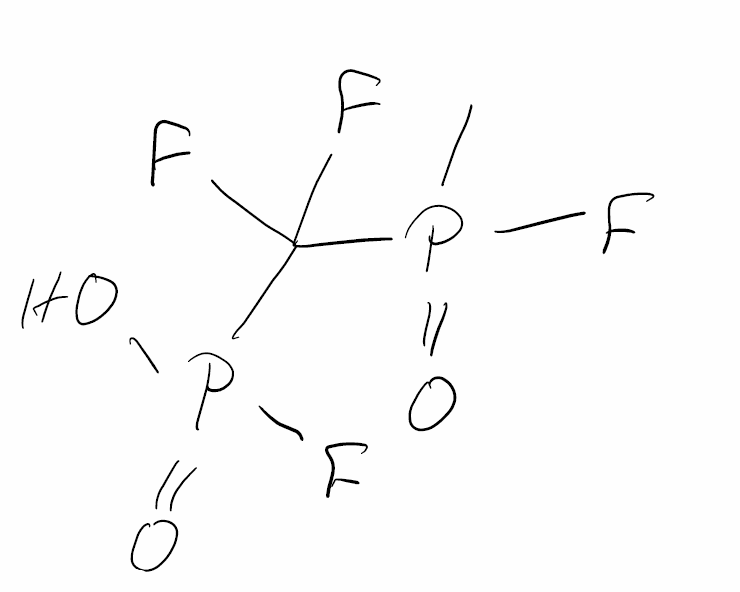
Simplified molecular-input line-entry system (SMILES) notation of the given molecule:
CP(=O)(C(F)(F)P(=O)(O)F)F